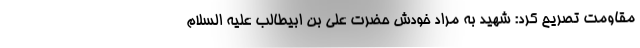
مقاومت تصریح کرد: شهید به مراد خودش حضرت علی بن ابیطالب علیه السلام